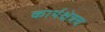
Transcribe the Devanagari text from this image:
कार्यक्षेत्रच